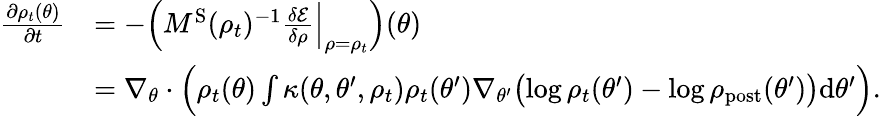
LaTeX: \begin{array}{rl}{\frac{\partial\rho_{t}(\theta)}{\partial t}}&{=-\Bigl(M^{\mathrm{S}}(\rho_{t})^{-1}\frac{\delta\mathcal{E}}{\delta\rho}\Bigr|_{\rho=\rho_{t}}\Bigr)(\theta)}\\ &{=\nabla_{\theta}\cdot\Bigl(\rho_{t}(\theta)\int\kappa(\theta,\theta^{\prime},\rho_{t})\rho_{t}(\theta^{\prime})\nabla_{\theta^{\prime}}\bigl(\log\rho_{t}(\theta^{\prime})-\log\rho_{\mathrm{post}}(\theta^{\prime})\bigr)\mathrm{d}\theta^{\prime}\Bigr).}\end{array}